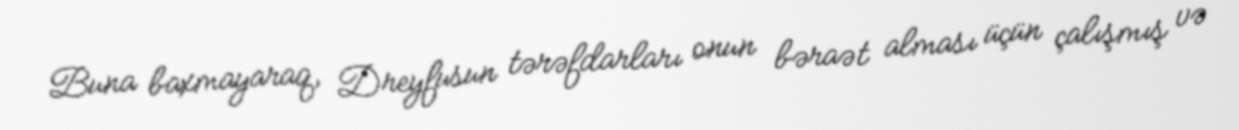
Buna baxmayaraq, Dreyfusun tərəfdarları onun bəraət alması üçün çalışmış və